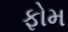
ફોમ